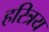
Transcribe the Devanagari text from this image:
हरित्रय